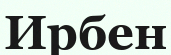
Ирбен